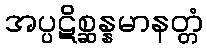
အပ္ပဋိစ္ဆန္နမာနတ္တံ